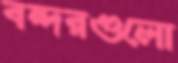
বন্দরগুলো